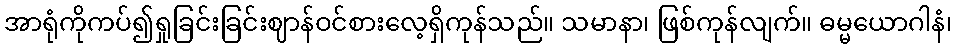
အာရုံကိုကပ်၍ရှုခြင်းခြင်းဈာန်ဝင်စားလေ့ရှိကုန်သည်။ သမာနာ၊ ဖြစ်ကုန်လျက်။ ဓမ္မယောဂါနံ၊